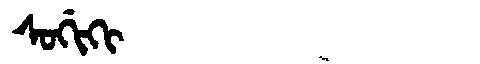
Manchu: ᠰᠣᡤᡳᡴᡳ
Romanization: SOGIKI